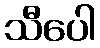
သီပေါ